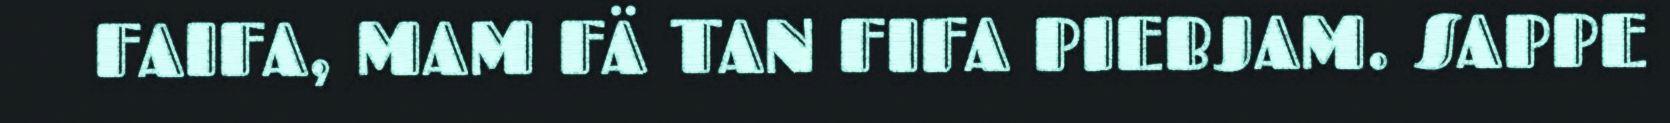
FAIFA, MAM FÄ TAN FIFA PIEBJAM. SAPPE